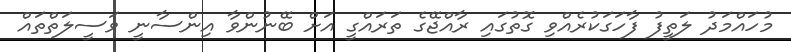
މުހައްމަދު ލަތީފު ފާހަގަކުރެއްވި ގޮތުގައި ރާއްޖޭގެ ތަރައްގީ އަށް ބޭނުންވާ އިންސާނީ ވަސީލަތްތައް